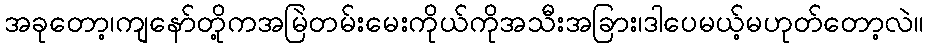
အခုတော့၊ကျနော်တို့ကအမြဲတမ်းမေးကိုယ်ကိုအသီးအခြား၊ဒါပေမယ့်မဟုတ်တော့လဲ။